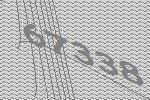
67338